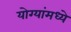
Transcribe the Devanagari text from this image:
योग्यांमध्ये